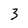
Character: 3